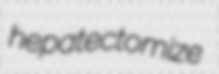
hepatectomize